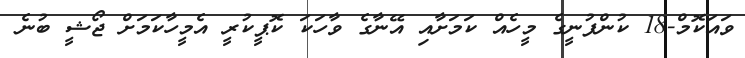
ވައަކޮމް-18 ކުންފުނީގެ މީހެއް ކަމަށާއި އޭނާގެ ވާހަކަ ކޮޕީކުރީ އެމީހާކަމަށް ޖޯޝީ ބުނެ